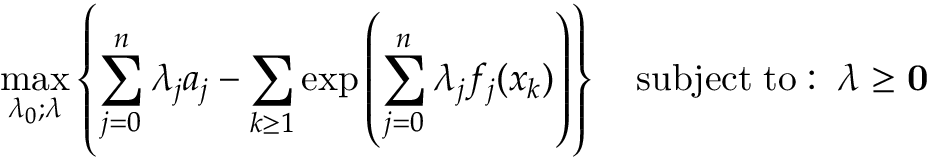
\operatorname* { m a x } _ { \lambda _ { 0 } ; { \boldsymbol { \lambda } } } \left\{ \sum _ { j = 0 } ^ { n } \lambda _ { j } a _ { j } - \sum _ { k \geq 1 } \exp \left( \sum _ { j = 0 } ^ { n } \lambda _ { j } f _ { j } ( x _ { k } ) \right) \right\} \quad \mathrm { s u b j e c t \; t o : \; \; } { \boldsymbol { \lambda } } \geq \mathbf { 0 }